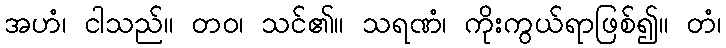
အဟံ၊ ငါသည်။ တဝ၊ သင်၏။ သရဏံ၊ ကိုးကွယ်ရာဖြစ်၍။ တံ၊